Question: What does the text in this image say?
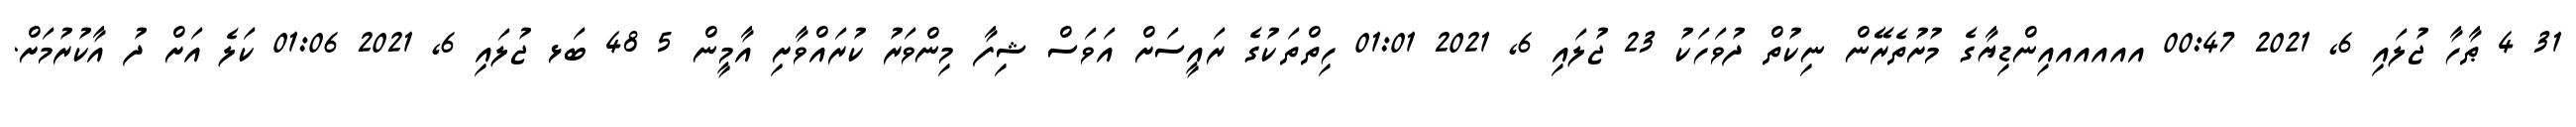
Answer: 31 4 ޠާހާ ޖުލައި 6, 2021 00:47 އއއއއއިންޑިޔާގެ މުށުތެރޭން ނިކުތް ދުވަހަކު 23 ޖުލައި 6, 2021 01:01 ހިތްތަކުގެ ރައީސަށް އަވަސް ޝިފާ މިންވަރު ކުރައްވާށި އާމީން 5 48 ބަޅ ޖުލައި 6, 2021 01:06 ކަލެ އަށް ދު އާކުރުމަށް.